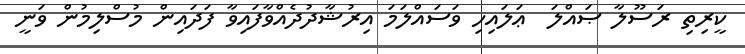
ކީރިތި ރަސޫލާ ޞައްލަ  ޢަލައިހި ވަސައްލަމަ އިރުޝާދުދެއްވާފައިވާ ފަދައިން މުސްލިމުން ވަނީ